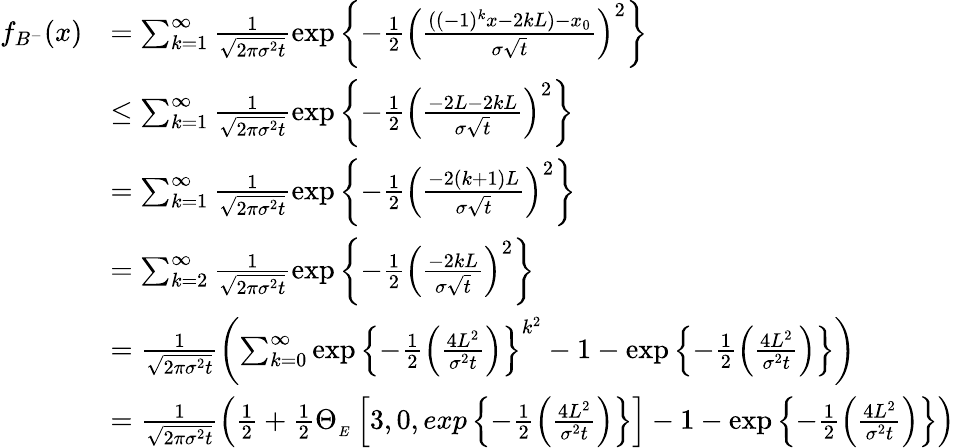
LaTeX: \begin{array}{rl}{f_{B^{-}}(x)}&{=\sum_{k=1}^{\infty}\frac{1}{\sqrt{2\pi\sigma^{2}t}}\exp\left\lbrace-\frac{1}{2}\left(\frac{((-1)^{k}x-2kL)-x_{0}}{\sigma\sqrt{t}}\right)^{2}\right\rbrace}\\ &{\leq\sum_{k=1}^{\infty}\frac{1}{\sqrt{2\pi\sigma^{2}t}}\exp\left\lbrace-\frac{1}{2}\left(\frac{-2L-2kL}{\sigma\sqrt{t}}\right)^{2}\right\rbrace}\\ &{=\sum_{k=1}^{\infty}\frac{1}{\sqrt{2\pi\sigma^{2}t}}\exp\left\lbrace-\frac{1}{2}\left(\frac{-2(k+1)L}{\sigma\sqrt{t}}\right)^{2}\right\rbrace}\\ &{=\sum_{k=2}^{\infty}\frac{1}{\sqrt{2\pi\sigma^{2}t}}\exp\left\lbrace-\frac{1}{2}\left(\frac{-2kL}{\sigma\sqrt{t}}\right)^{2}\right\rbrace}\\ &{=\frac{1}{\sqrt{2\pi\sigma^{2}t}}\left(\sum_{k=0}^{\infty}\exp\left\lbrace-\frac{1}{2}\left(\frac{4L^{2}}{\sigma^{2}t}\right)\right\rbrace^{k^{2}}-1-\exp\left\lbrace-\frac{1}{2}\left(\frac{4L^{2}}{\sigma^{2}t}\right)\right\rbrace\right)}\\ &{=\frac{1}{\sqrt{2\pi\sigma^{2}t}}\left(\frac{1}{2}+\frac{1}{2}\Theta_{_{E}}\left[3,0,exp\left\lbrace-\frac{1}{2}\left(\frac{4L^{2}}{\sigma^{2}t}\right)\right\rbrace\right]-1-\exp\left\lbrace-\frac{1}{2}\left(\frac{4L^{2}}{\sigma^{2}t}\right)\right\rbrace\right)}\end{array}